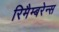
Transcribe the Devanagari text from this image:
रिमैम्बरेन्स